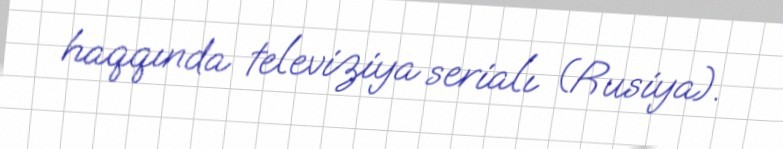
haqqında televiziya serialı (Rusiya).